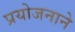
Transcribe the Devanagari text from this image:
प्रयोजनाने